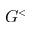
G ^ { < }